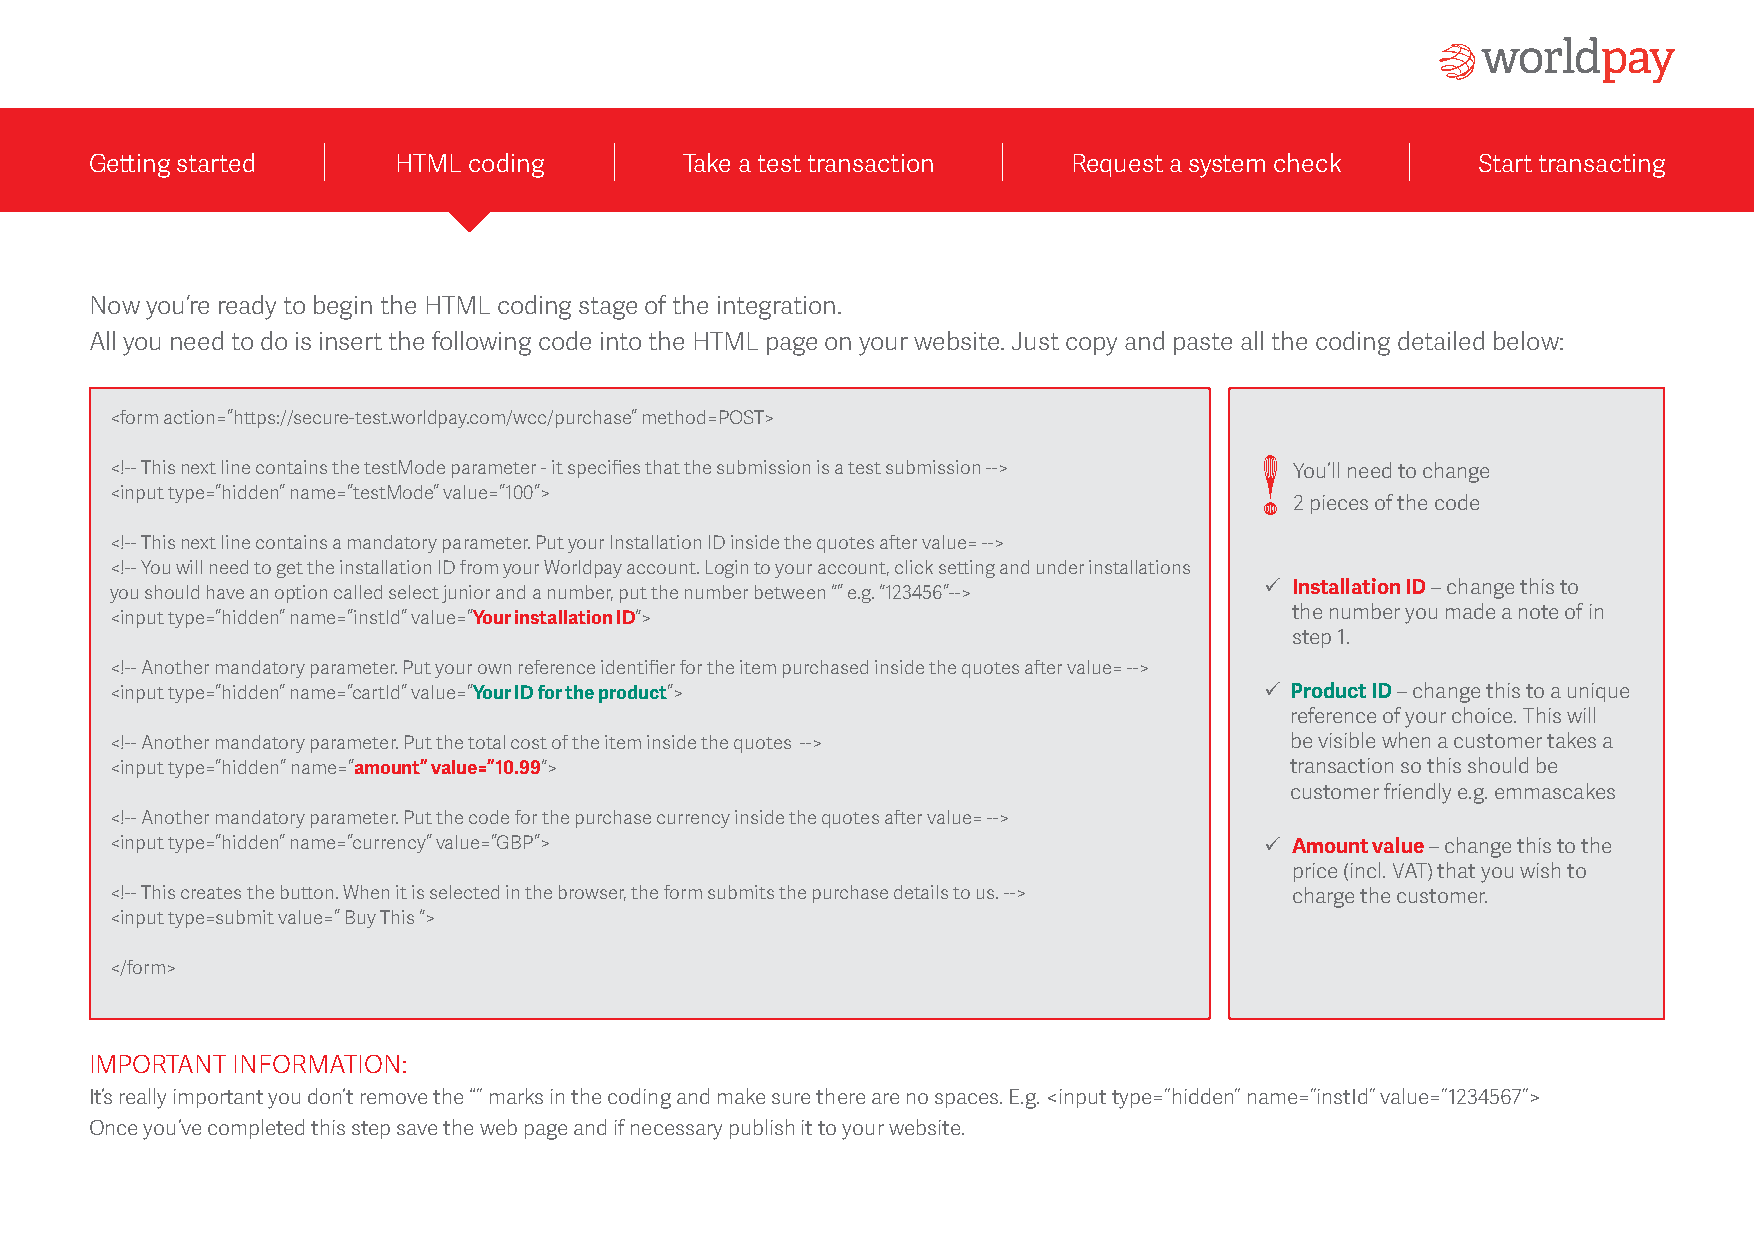
Getting started     HTML coding        Take a test transaction   Request a system check     Start transacting
 Now you’re ready to begin the HTML coding stage of the integration.
 All you need to do is insert the following code into the HTML page on your website. Just copy and paste all the coding detailed below:
 <form action=”https://secure-test.worldpay.com/wcc/purchase” method=POST>
 <!-- This next line contains the testMode parameter - it specifies that the submission is a test submission --> You’ll need to change
 <input type=”hidden” name=”testMode” value=”100”>
 2 pieces of the code
 <!-- This next line contains a mandatory parameter. Put your Installation ID inside the quotes after value= -->
 <!-- You will need to get the installation ID from your Worldpay account. Login to your account, click setting and under installations
 ü I nstallation ID – change this to
 you should have an option called select junior and a number, put the number between “” e.g. “123456”-->
 the number you made a note of in
 <input type=”hidden” name=”instId” value=”Your installation ID“>
 step 1.
 <!-- Another mandatory parameter. Put your own reference identifier for the item purchased inside the quotes after value= -->
 <input type=”hidden” name=”cartId” value=”Your ID for the product”>          ü Product ID – change this to a unique
 reference of your choice. This will
 <!-- Another mandatory parameter. Put the total cost of the item inside the quotes --> be visible when a customer takes a
 <input type=”hidden” name=”amount” value=”10.99“>                             transaction so this should be
 customer friendly e.g. emmascakes
 <!-- Another mandatory parameter. Put the code for the purchase currency inside the quotes after value= -->
 <input type=”hidden” name=”currency” value=”GBP”>                            ü A mount value – change this to the
 price (incl. VAT) that you wish to
 <!-- This creates the button. When it is selected in the browser, the form submits the purchase details to us. --> charge the customer.
 <input type=submit value=” Buy This “>
 </form>
 IMPORTANT INFORMATION:
 It’s really important you don’t remove the “” marks in the coding and make sure there are no spaces. E.g. <input type=”hidden” name=”instId” value=”1234567”>
 Once you’ve completed this step save the web page and if necessary publish it to your website.